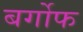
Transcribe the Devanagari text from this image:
बर्गोफ